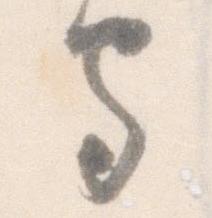
守